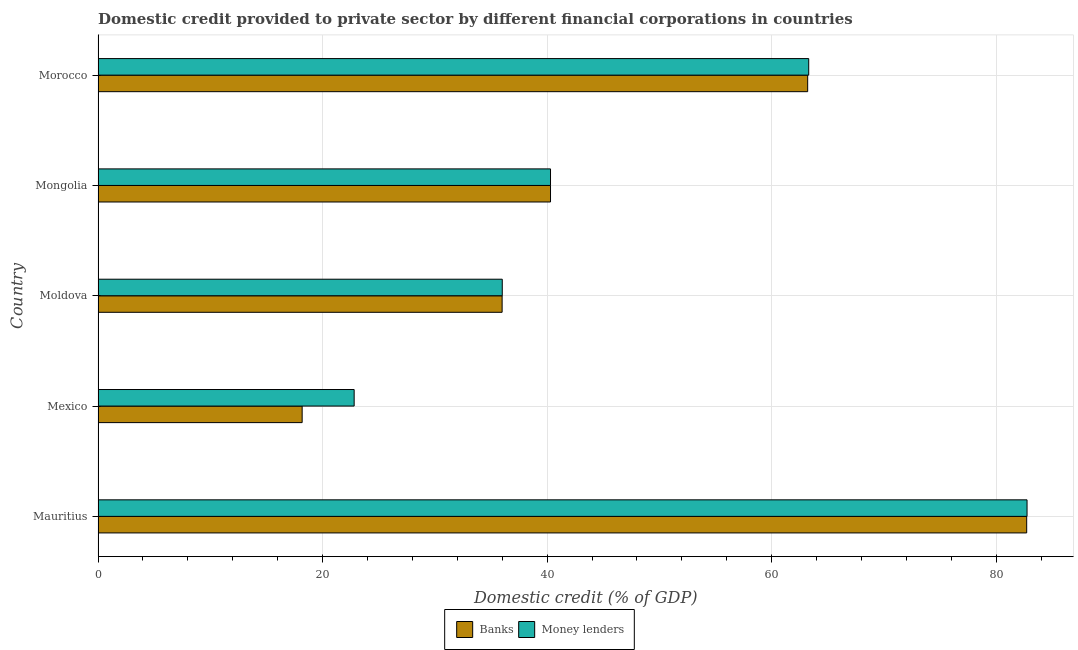
| Country | Banks | Money lenders |
 | --- | --- | --- |
 | Mauritius | 82.7 | 82.7 |
 | Mexico | 18.2 | 22.8 |
 | Moldova | 36 | 36 |
 | Mongolia | 40.3 | 40.3 |
 | Morocco | 63.2 | 63.3 |